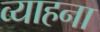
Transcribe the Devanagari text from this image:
व्याहना